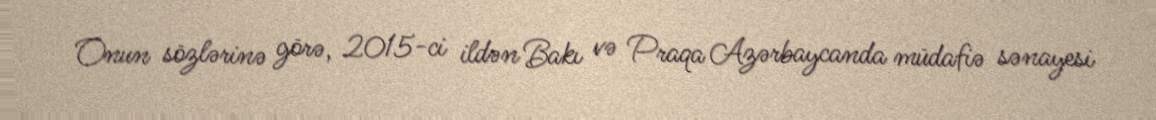
Onun sözlərinə görə, 2015-ci ildən Bakı və Praqa Azərbaycanda müdafiə sənayesi